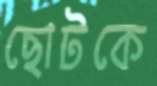
ছোটকে